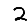
Digit: 2